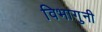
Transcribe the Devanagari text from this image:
विभागुनी